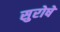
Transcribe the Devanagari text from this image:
सुरोषे